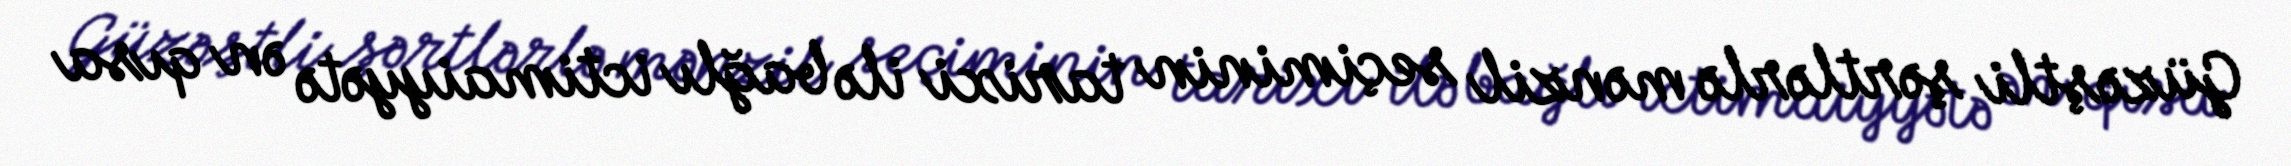
Güzəştli şərtlərlə mənzil seçiminin tarixi ilə bağlı ictimaiyyətə ən qısa